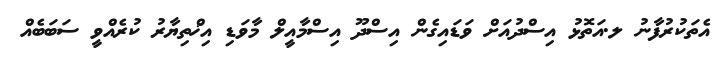
އެތަކުރުފާނު ލ.އަތޮޅު އިސްދުއަށް ވަޑައިގެން އިސްދޫ އިސްމާއީލް މާވަޑި އިޚްތިޔާރު ކުރެއްވީ ސަބަބެއް